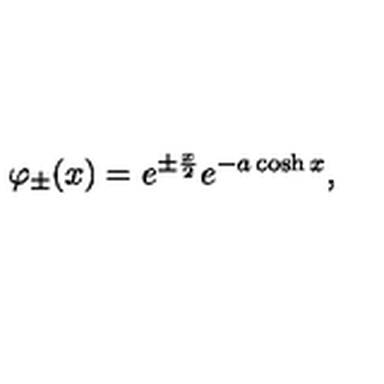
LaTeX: \varphi _ { \pm } ( x ) = e ^ { \pm \frac x 2 } e ^ { - a \cosh x } ,